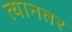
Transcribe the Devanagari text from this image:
त्यानतर